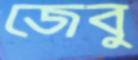
জেবু